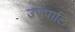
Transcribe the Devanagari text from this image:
उपपालि